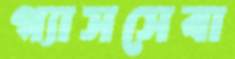
গ্যাসসেবা